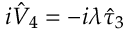
i \hat { V } _ { 4 } = - i \lambda \hat { \tau } _ { 3 }